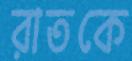
রাতকে